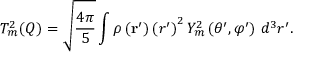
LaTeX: T _ { m } ^ { 2 } ( Q ) = { \sqrt { \frac { 4 \pi } { 5 } } } \int \rho \left( \mathbf { r } ^ { \prime } \right) \left( r ^ { \prime } \right) ^ { 2 } Y _ { m } ^ { 2 } \left( \theta ^ { \prime } , \varphi ^ { \prime } \right) \, d ^ { 3 } r ^ { \prime } .